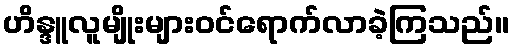
ဟိန္ဒူလူမျိုးများဝင်ရောက်လာခဲ့ကြသည်။